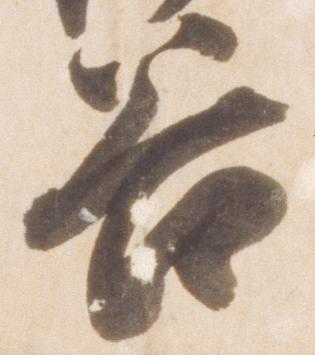
谷